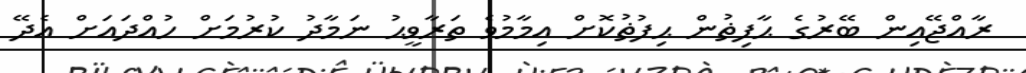
ރާއްޖޭއިން ބޭރުގެ ޙާފިޡުން ޙިފުޡުކޮށް އިމާމުވެ ތަރާވީޙު ނަމާދު ކުރުމަށް ހުއްދައަށް އެދޭ